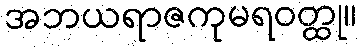
အဘယရာဇကုမရဝတ္ထု။